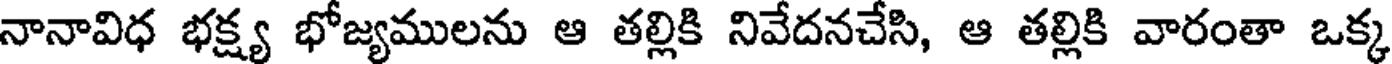
నానావిధ భక్ష్య భోజ్యములను ఆ తల్లికి నివేదనచేసి, ఆ తల్లికి వారంతా ఒక్క